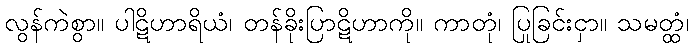
လွန်ကဲစွာ။ ပါဋိဟာရိယံ၊ တန်ခိုးပြာဋိဟာကို။ ကာတုံ၊ ပြုခြင်းငှာ။ သမတ္ထံ၊